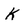
Character: K